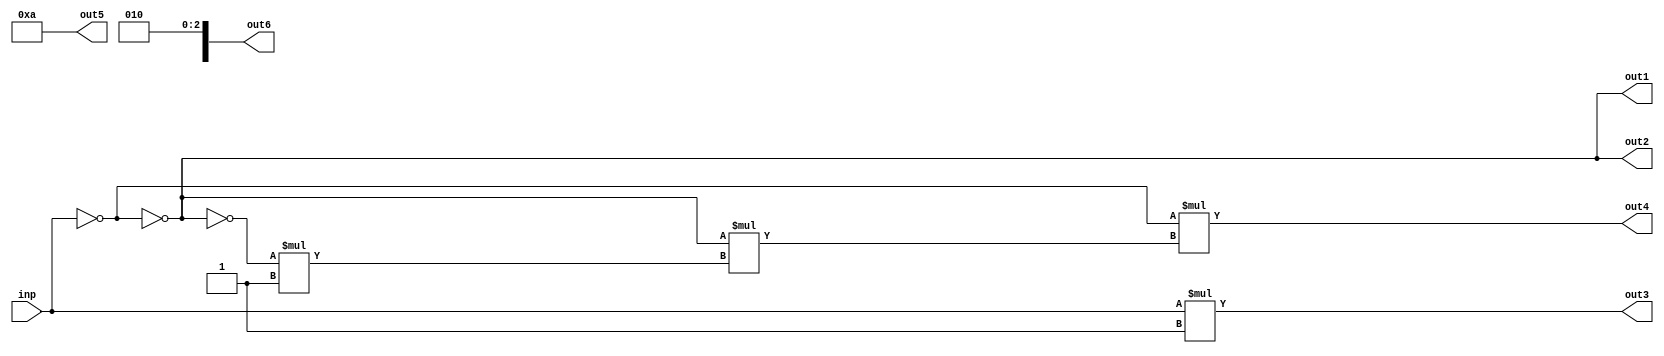
module const_fold_func_top(
	input wire [3:0] inp,
	output wire [3:0] out1, out2, out3, out4, out5,
	output reg [3:0] out6
);
	function automatic [3:0] flip;
		input [3:0] inp;
		flip = ~inp;
	endfunction

	function automatic [3:0] help;
		input [3:0] inp;
		help = flip(inp);
	endfunction

	// while loops are const-eval-only
	function automatic [3:0] loop;
		input [3:0] inp;
		reg [3:0] val;
		begin
			val = inp;
			loop = 1;
			while (val != inp) begin
				loop = loop * 2;
				val = val + 1;
			end
		end
	endfunction

	// not const-eval-only, despite calling a const-eval-only function
	function automatic [3:0] help_mul;
		input [3:0] inp;
		help_mul = inp * loop(2);
	endfunction

	// can be elaborated so long as exp is a constant
	function automatic [3:0] pow_flip_a;
		input [3:0] base, exp;
		begin
			pow_flip_a = 1;
			if (exp > 0)
				pow_flip_a = base * pow_flip_a(flip(base), exp - 1);
		end
	endfunction

	function automatic [3:0] pow_flip_b;
		input [3:0] base, exp;
		begin
			out6[exp] = base & 1;
			pow_flip_b = 1;
			if (exp > 0)
				pow_flip_b = base * pow_flip_b(flip(base), exp - 1);
		end
	endfunction

	assign out1 = flip(flip(inp));
	assign out2 = help(flip(inp));
	assign out3 = help_mul(inp);
	assign out4 = pow_flip_a(flip(inp), 3);
	assign out5 = pow_flip_b(2, 2);
endmodule